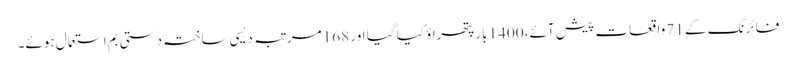
فائرنگ کے 71 واقعات پیش آئے، 1400 بار پتھراؤ کیا گیا اور 168 مرتبہ دیسی ساختہ دستی بم استعمال ہوئے۔